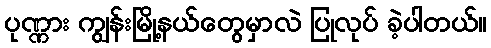
ပုဏ္ဏား ကျွန်းမြို့နယ်တွေမှာလဲ ပြုလုပ် ခဲ့ပါတယ်။